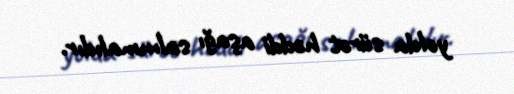
yolda sürət həddi aşağı salınmalıdır.